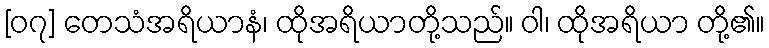
[၀၇] တေသံအရိယာနံ၊ ထိုအရိယာတို့သည်။ ဝါ၊ ထိုအရိယာ တို့၏။